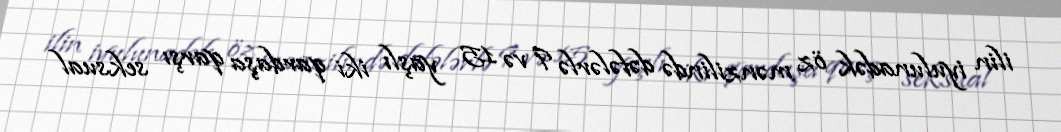
ilin iyulunadək öz mənzilində dəfələrlə 9 və 15 yaşlı iki qardaşa qarşı seksual